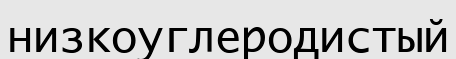
низкоуглеродистый